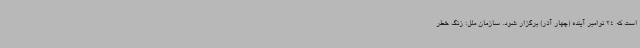
است که 24 نوامبر آینده (چهار آذر) برگزار شود. سازمان ملل: زنگ خطر